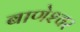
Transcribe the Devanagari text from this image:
बाणेश्‍वर